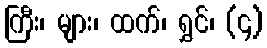
ကြီး၊ များ၊ ထက်၊ ရွှင်၊ (၄)